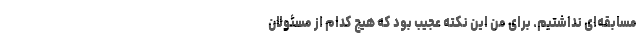
مسابقه‌ای نداشتیم. برای من این نکته عجیب بود که هیچ کدام از مسئولان